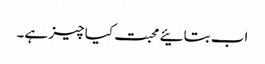
اب بتائیے محبت کیا چیز ہے۔